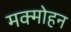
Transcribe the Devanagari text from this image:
मक्मोहन